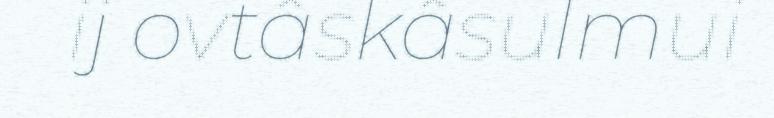
ij ovtâskâsulmui